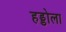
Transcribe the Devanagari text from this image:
हड्डोला